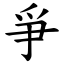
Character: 爭